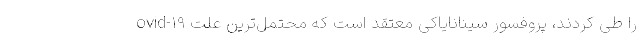
ovid-۱۹ را طی کردند، پروفسور سینانایاکی معتقد است که محتمل‌ترین علت